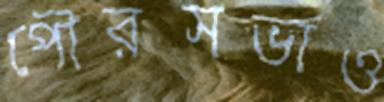
পৌরসভাও